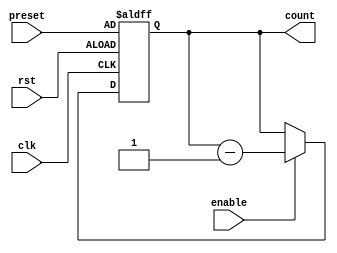
module Binary_Down_Counter_with_Enable (
    input wire clk,
    input wire rst,
    input wire enable,
    input wire [3:0] preset,
    output reg [3:0] count
);

always @(posedge clk or posedge rst) begin
    if (rst) begin
        count <= preset;
    end else begin
        if (enable) begin
            count <= count - 1;
        end
    end
end

endmodule